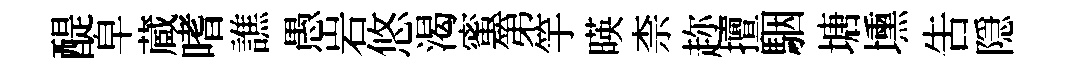
醍皁蔵嗜譙愚岩悠渴蜜第竽暎柰趂擅駰塘壎吿隠